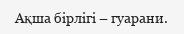
Ақша бірлігі – гуарани.